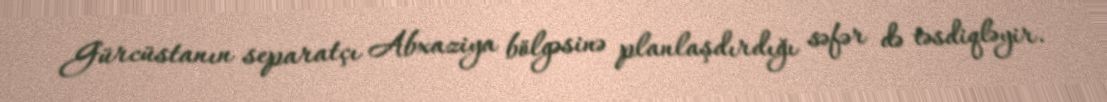
Gürcüstanın separatçı Abxaziya bölgəsinə planlaşdırdığı səfər də təsdiqləyir.